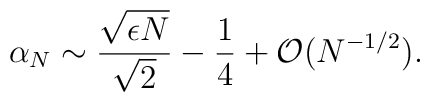
\alpha_N \sim \frac{ \sqrt{\epsilon N}}{ \sqrt{2}}  -\frac{1}{4}  +{\cal O} (N^{-1/2}).